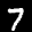
Label: 7